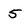
Character: 5